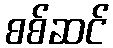
စစ်ဆင်